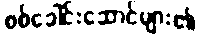
စစ်ခေါင်းဆောင်များ၏